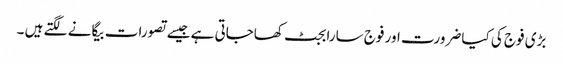
بڑی فوج کی کیا ضرورت اور فوج سارا بجٹ کھاجاتی ہے جیسے تصورات بیگانے لگتے ہیں ۔